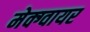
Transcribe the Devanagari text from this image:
मेक्ग्वायर